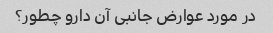
در مورد عوارض جانبی آن دارو چطور؟